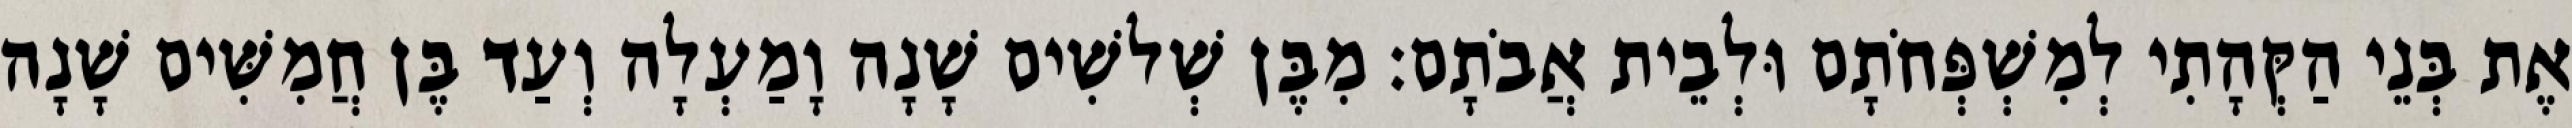
אֶת בְּנֵי הַקְּהָתִי לְמִשְׁפְּחֹתָם וּלְבֵית אֲבֹתָם׃ מִבֶּן שְׁלשִׁים שָׁנָה וָמַעְלָה וְעַד בֶּן חֲמִשִּׁים שָׁנָה